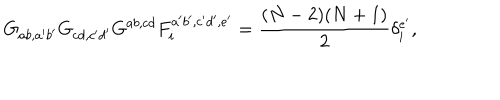
LaTeX: G _ { a b , a ^ { \prime } b ^ { \prime } } G _ { c d , c ^ { \prime } d ^ { \prime } } G ^ { a b , c d } F _ { i } ^ { a ^ { \prime } b ^ { \prime } , c ^ { \prime } d ^ { \prime } , e ^ { \prime } } = \frac { ( N - 2 ) ( N + 1 ) } { 2 } \delta _ { i } ^ { e ^ { \prime } } ,